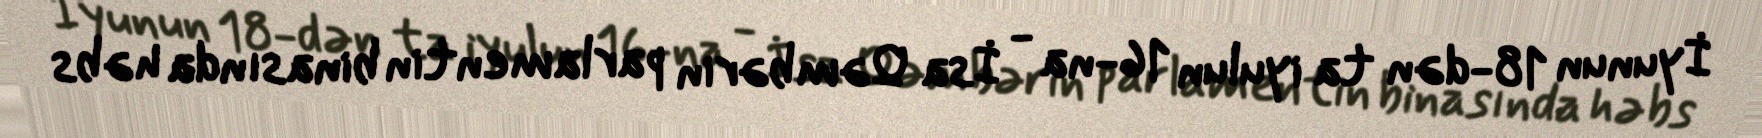
İyunun 18-dən ta iyulun 16-na - İsa Qəmbərin parlamentin binasında həbs